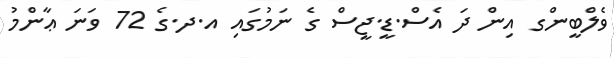
ވެލްބީންގ އިން ދަ އެސް.ޑީ.ޖީސް ގެ ނަމުގައި އ.ދ.ގެ 72 ވަނަ ޢާންމު